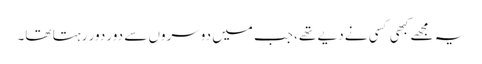
یہ مجھے کبھی کسی نے دیے تھے ،جب میں دوسروں سے دور دور رہتا تھا۔